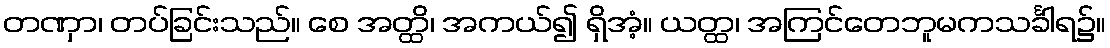
တဏှာ၊ တပ်ခြင်းသည်။ စေ အတ္ထိ၊ အကယ်၍ ရှိအံ့။ ယတ္ထ၊ အကြင်တေဘူမကသင်္ခါရ၌။